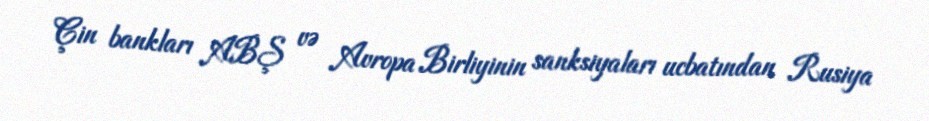
Çin bankları ABŞ və Avropa Birliyinin sanksiyaları ucbatından Rusiya